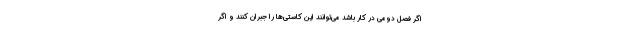
اگر فصل دومی در کار باشد می‌توانند این کاستی‌ها را جبران کنند و اگر